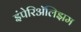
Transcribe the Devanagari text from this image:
इंपेरिॲलिझम